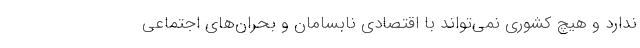
ندارد و هیچ کشوری نمی‌تواند با اقتصادی نابسامان و بحران‌های اجتماعی